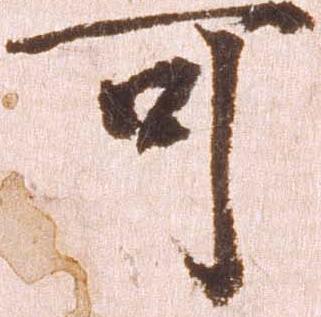
可